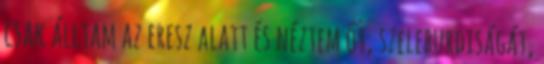
csak álltam az eresz alatt és néztem őt, szeleburdiságát,